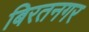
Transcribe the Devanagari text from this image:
बिरतनगर